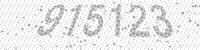
Solution: 915123